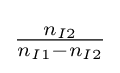
{\tfrac {n_{I2}}{n_{I1}-n_{I2}}}